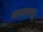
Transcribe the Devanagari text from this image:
मासाकाझु